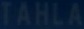
TAHLA